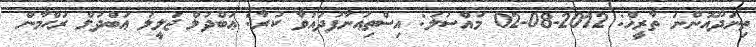
ތިނަދޫއޮންނަ ތާރީޚް: 2012-08-02 މައްސަލަ: އިސްތިޢުނާފުދައުވާ ކުރާ: ޢަބްދުލް ޖަލީލު ޢަބްދުލް ރަޙްމާން